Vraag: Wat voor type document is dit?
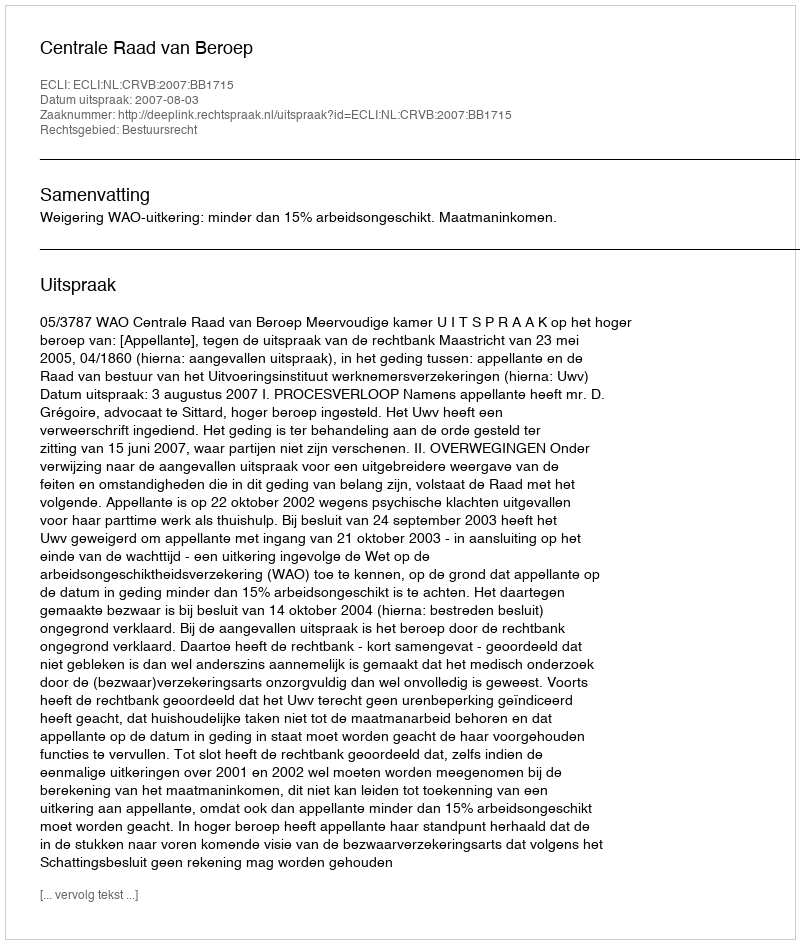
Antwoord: Uitspraak